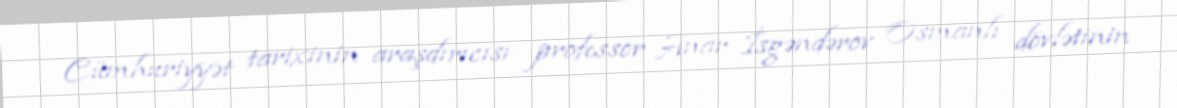
Cümhuriyyət tarixinin araşdırıcısı professor Anar İsgəndərov Osmanlı dövlətinin